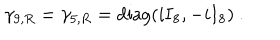
LaTeX: \gamma _ { 9 , R } = \gamma _ { 5 , R } = { \mathrm { d i a g } } ( i { \bf I } _ { 8 } , - i { \bf I } _ { 8 } ) ~ .